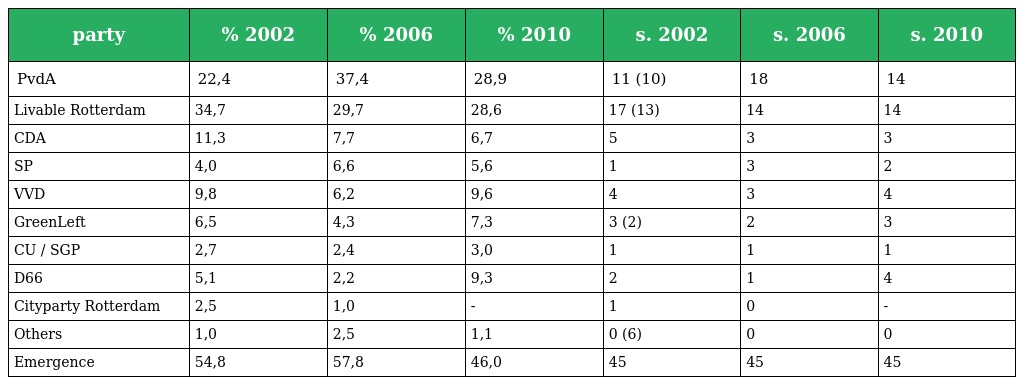
| party | % 2002 | % 2006 | % 2010 | s. 2002 | s. 2006 | s. 2010 |
 | --- | --- | --- | --- | --- | --- | --- |
 | PvdA | 22,4 | 37,4 | 28,9 | 11 (10) | 18 | 14 |
 | Livable Rotterdam | 34,7 | 29,7 | 28,6 | 17 (13) | 14 | 14 |
 | CDA | 11,3 | 7,7 | 6,7 | 5 | 3 | 3 |
 | SP | 4,0 | 6,6 | 5,6 | 1 | 3 | 2 |
 | VVD | 9,8 | 6,2 | 9,6 | 4 | 3 | 4 |
 | GreenLeft | 6,5 | 4,3 | 7,3 | 3 (2) | 2 | 3 |
 | CU / SGP | 2,7 | 2,4 | 3,0 | 1 | 1 | 1 |
 | D66 | 5,1 | 2,2 | 9,3 | 2 | 1 | 4 |
 | Cityparty Rotterdam | 2,5 | 1,0 | - | 1 | 0 | - |
 | Others | 1,0 | 2,5 | 1,1 | 0 (6) | 0 | 0 |
 | Emergence | 54,8 | 57,8 | 46,0 | 45 | 45 | 45 |